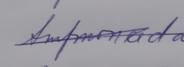
Signature authenticity: genuine